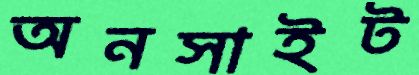
অনসাইট